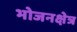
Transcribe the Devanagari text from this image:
भोजनक्षेत्र